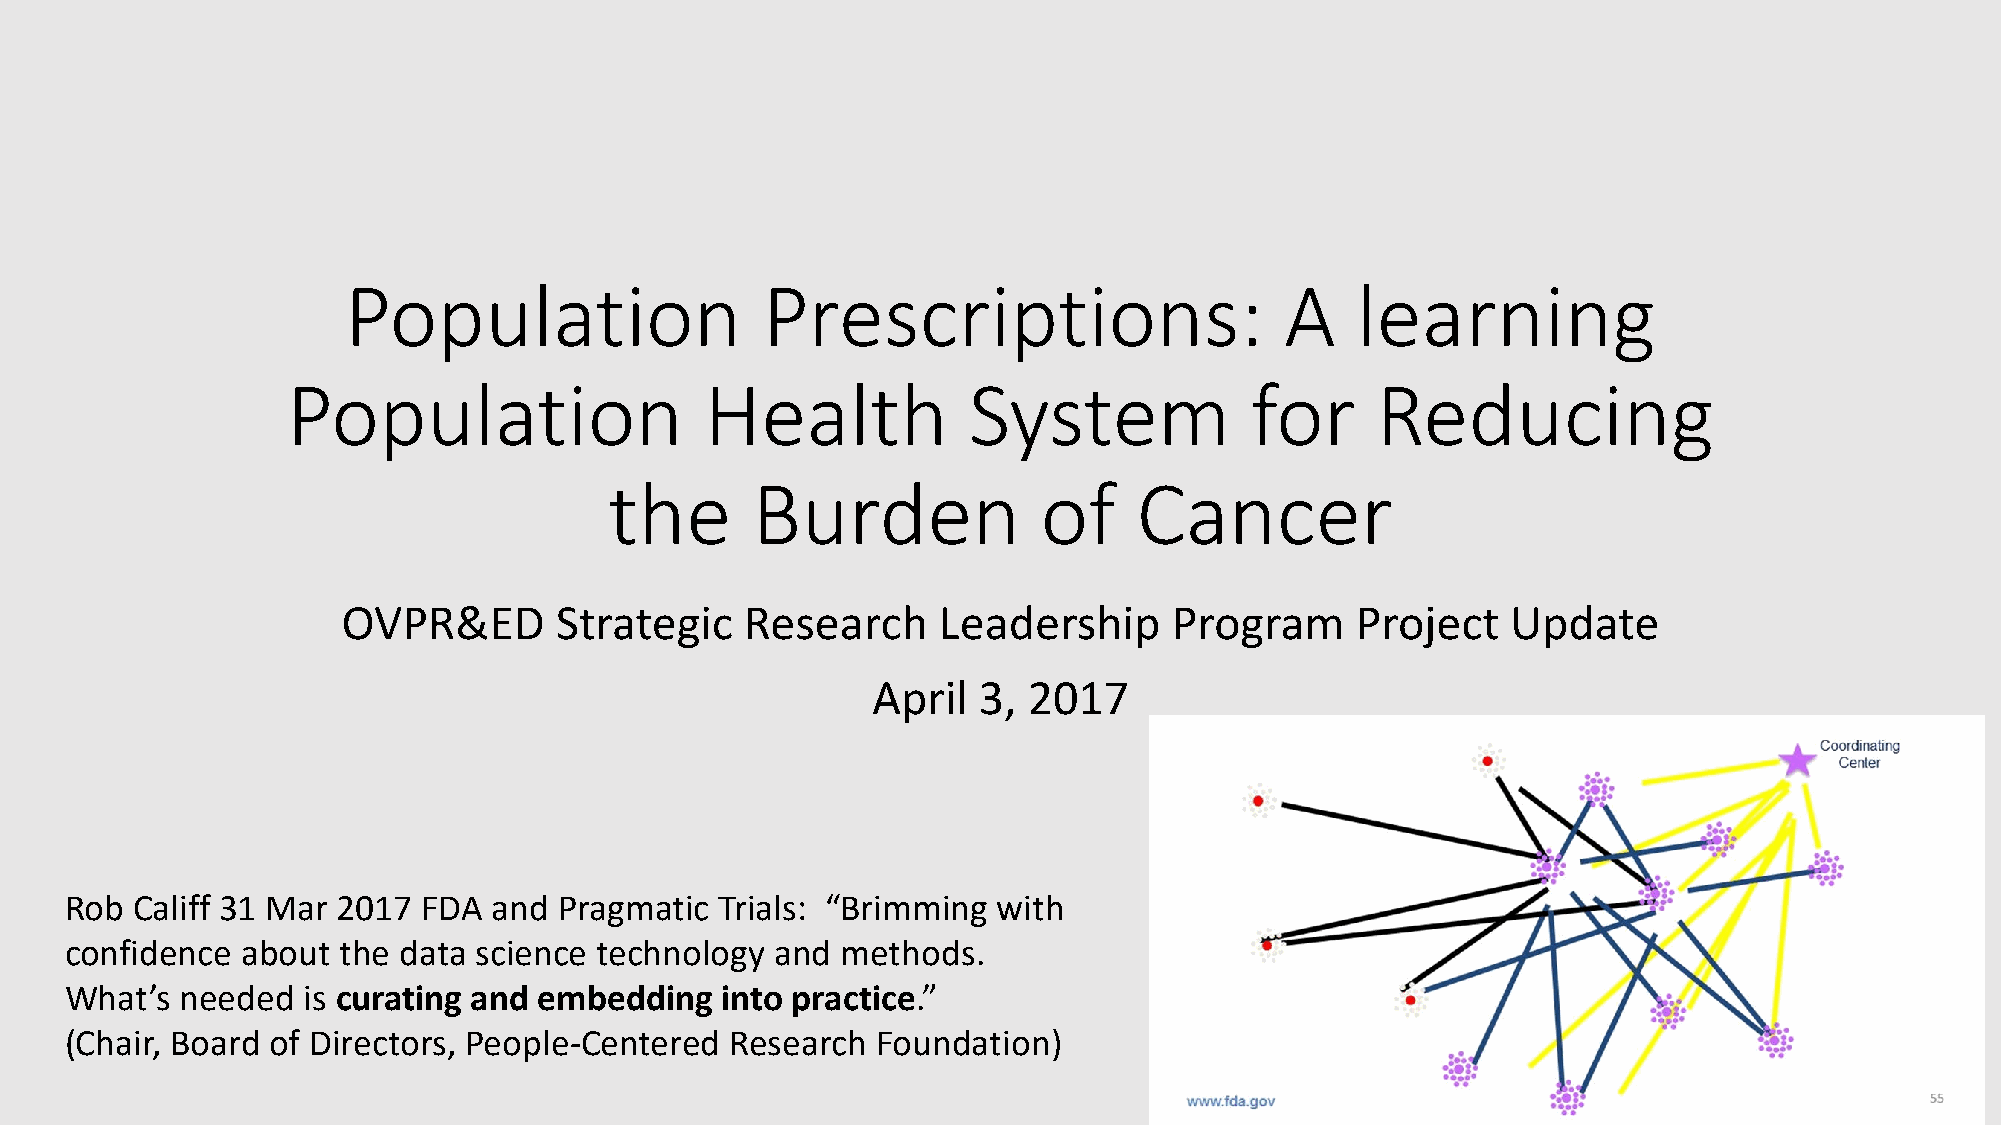
Population                 Prescriptions:                     A    learning
 Population                  Health           System             for     Reducing
 the       Burden             of    Cancer
 OVPR&ED       Strategic   Research     Leadership      Program     Project   Update
 April  3, 2017
 Rob  Califf 31 Mar 2017 FDA  and Pragmatic  Trials: “Brimming with
 confidence  about  the data science technology and  methods.
 What’s  needed  is curating and embedding   into practice.”
 (Chair, Board of Directors, People-Centered Research  Foundation)